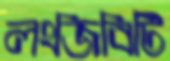
লংজিবিটি